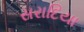
સરાદિયા